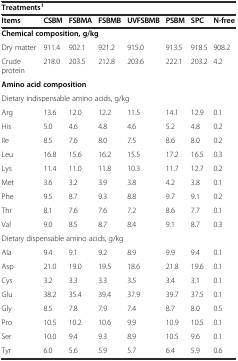
<table><thead><tr><td colspan="8"><b>Treatments<sup>1</sup></b></td></tr><tr><td><b>Items</b></td><td><b>CSBM</b></td><td><b>FSBMA</b></td><td><b>FSBMB</b></td><td><b>UVFSBMB</b></td><td><b>PSBM</b></td><td><b>SPC</b></td><td><b>N-free</b></td></tr></thead><tbody><tr><td colspan="8"><b>Chemical composition, g/kg</b></td></tr><tr><td>Dry matter</td><td>911.4</td><td>902.1</td><td>921.2</td><td>915.0</td><td>913.5</td><td>918.5</td><td>908.2</td></tr><tr><td>Crude protein</td><td>218.0</td><td>203.5</td><td>212.8</td><td>203.6</td><td>222.1</td><td>203.2</td><td>4.2</td></tr><tr><td colspan="8"><b>Amino acid composition</b></td></tr><tr><td colspan="8">Dietary indispensable amino acids, g/kg</td></tr><tr><td>Arg</td><td>13.6</td><td>12.0</td><td>12.2</td><td>11.5</td><td>14.1</td><td>12.9</td><td>0.1</td></tr><tr><td>His</td><td>5.0</td><td>4.6</td><td>4.8</td><td>4.6</td><td>5.2</td><td>4.8</td><td>0.2</td></tr><tr><td>Ile</td><td>8.5</td><td>7.6</td><td>8.0</td><td>7.5</td><td>8.6</td><td>8.0</td><td>0.2</td></tr><tr><td>Leu</td><td>16.8</td><td>15.6</td><td>16.2</td><td>15.5</td><td>17.2</td><td>16.5</td><td>0.3</td></tr><tr><td>Lys</td><td>11.4</td><td>11.0</td><td>11.8</td><td>10.3</td><td>11.7</td><td>12.7</td><td>0.2</td></tr><tr><td>Met</td><td>3.6</td><td>3.2</td><td>3.9</td><td>3.8</td><td>4.2</td><td>3.8</td><td>0.1</td></tr><tr><td>Phe</td><td>9.5</td><td>8.7</td><td>9.3</td><td>8.8</td><td>9.7</td><td>9.1</td><td>0.2</td></tr><tr><td>Thr</td><td>8.1</td><td>7.6</td><td>7.6</td><td>7.2</td><td>8.6</td><td>7.7</td><td>0.1</td></tr><tr><td>Val</td><td>9.0</td><td>8.5</td><td>8.7</td><td>8.4</td><td>9.1</td><td>8.7</td><td>0.3</td></tr><tr><td colspan="8">Dietary dispensable amino acids, g/kg</td></tr><tr><td>Ala</td><td>9.4</td><td>9.1</td><td>9.2</td><td>8.9</td><td>9.9</td><td>9.4</td><td>0.1</td></tr><tr><td>Asp</td><td>21.0</td><td>19.0</td><td>19.5</td><td>18.6</td><td>21.8</td><td>19.6</td><td>0.1</td></tr><tr><td>Cys</td><td>3.2</td><td>3.3</td><td>3.3</td><td>3.5</td><td>3.4</td><td>3.1</td><td>0.1</td></tr><tr><td>Glu</td><td>38.2</td><td>35.4</td><td>39.4</td><td>37.9</td><td>39.7</td><td>37.5</td><td>0.1</td></tr><tr><td>Gly</td><td>8.5</td><td>7.8</td><td>7.9</td><td>7.4</td><td>8.7</td><td>8.0</td><td>0.5</td></tr><tr><td>Pro</td><td>10.5</td><td>10.2</td><td>10.6</td><td>9.9</td><td>10.9</td><td>10.5</td><td>0.1</td></tr><tr><td>Ser</td><td>10.0</td><td>9.4</td><td>9.3</td><td>8.9</td><td>10.5</td><td>9.6</td><td>0.1</td></tr><tr><td>Tyr</td><td>6.0</td><td>5.6</td><td>5.9</td><td>5.7</td><td>6.4</td><td>5.9</td><td>0.6</td></tr></tbody></table>